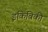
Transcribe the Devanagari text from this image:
इकिविकी